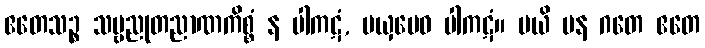
ဧတေသဉ္စ သဗ္ဗညုတညာဏကိစ္စံ န ပါကဋံ, မယှမေဝ ပါကဋံ။ မယိ ပန ဂတေ ဧတေ